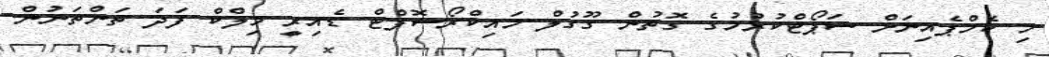
މި ކެމްޕެއިނަށް ސަޕޯޓްކުރުމުގެ ގޮތުން ގޫގުލް މައިކްރޯސޮފްޓް ޑެއިރީ މިލްކް ފަދަ ތަންތަނުން